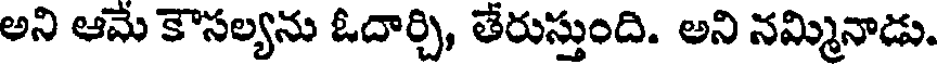
అని ఆమె కౌసల్యను ఓదార్చి, తేరుస్తుంది. అని నమ్మినాడు.